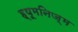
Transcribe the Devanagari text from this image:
ह्यूमनिज़्म